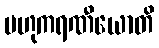
ဗဟုကရဏီယောတိ